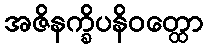
အဇိနက္ခိပနိဝတ္ထော